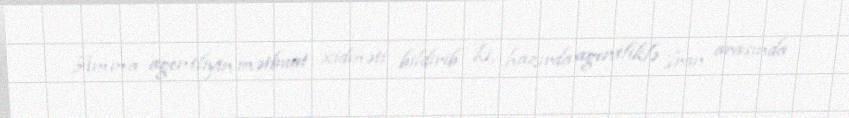
Amma agentliyin mətbuat xidməti bildirib ki, hazırda agentliklə İran arasında